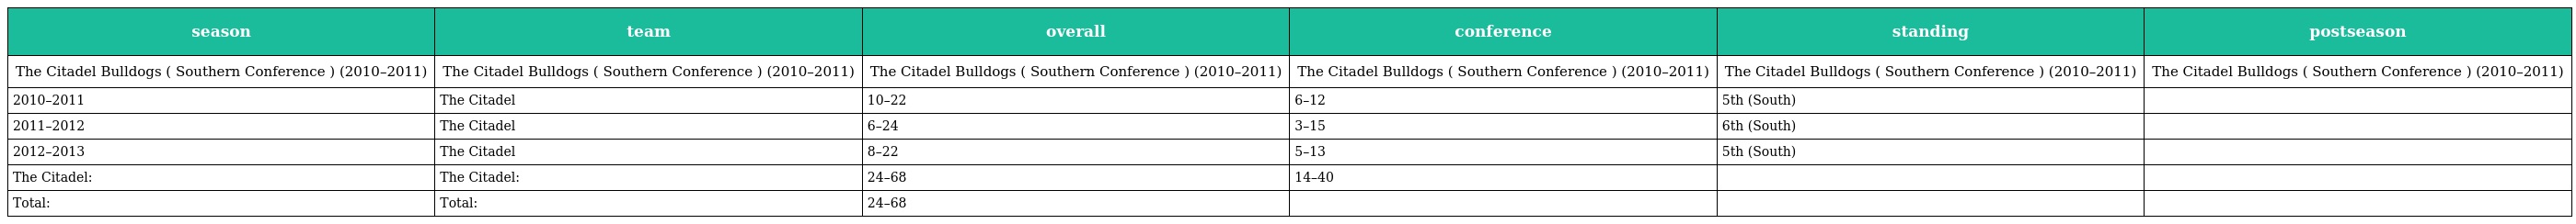
| season | team | overall | conference | standing | postseason |
 | --- | --- | --- | --- | --- | --- |
 | The Citadel Bulldogs ( Southern Conference ) (2010–2011) | The Citadel Bulldogs ( Southern Conference ) (2010–2011) | The Citadel Bulldogs ( Southern Conference ) (2010–2011) | The Citadel Bulldogs ( Southern Conference ) (2010–2011) | The Citadel Bulldogs ( Southern Conference ) (2010–2011) | The Citadel Bulldogs ( Southern Conference ) (2010–2011) |
 | 2010–2011 | The Citadel | 10–22 | 6–12 | 5th (South) |  |
 | 2011–2012 | The Citadel | 6–24 | 3–15 | 6th (South) |  |
 | 2012–2013 | The Citadel | 8–22 | 5–13 | 5th (South) |  |
 | The Citadel: | The Citadel: | 24–68 | 14–40 |  |  |
 | Total: | Total: | 24–68 |  |  |  |